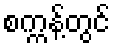
စက္ကန့်တွင်